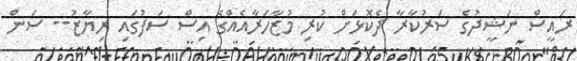
ރައީސް ނަޝީދުގެ ސަރުކާރާ ދެކޮޅަށް ކުރި މުޒާހަރާއެއްގެ އިސް ސަފުގައި ރިޔާޒު-- ސަން